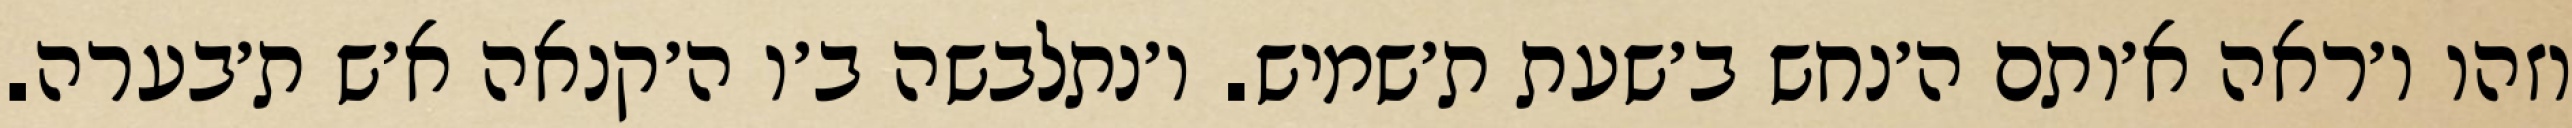
וזהו ו׳ראה א׳ותם ה׳נחש ב׳שעת ת׳שמיש. ו׳נתלבשה ב׳ו ה׳קנאה א׳ש ת׳בערה.